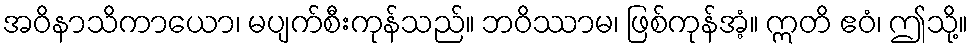
အဝိနာသိကာယော၊ မပျက်စီးကုန်သည်။ ဘဝိဿာမ၊ ဖြစ်ကုန်အံ့။ ဣတိ ဧဝံ၊ ဤသို့။